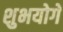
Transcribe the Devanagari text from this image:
शुभयोगे